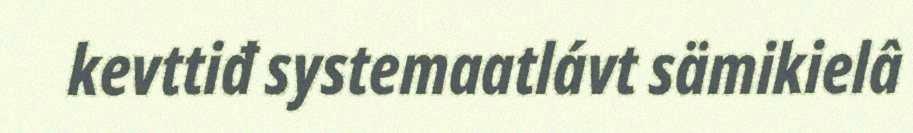
kevttiđ systemaatlávt sämikielâ